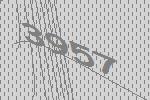
3957